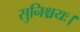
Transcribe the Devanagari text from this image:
सुनिश्चयः।